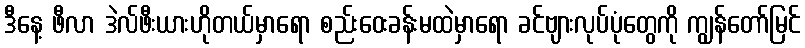
ဒီနေ့ ဖီလာ ဒဲလ်ဖီးယားဟိုတယ်မှာရော စည်းဝေးခန်းမထဲမှာရော ခင်ဗျားလုပ်ပုံတွေကို ကျွန်တော်မြင်